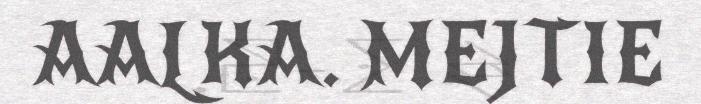
AALKA. MEJTIE